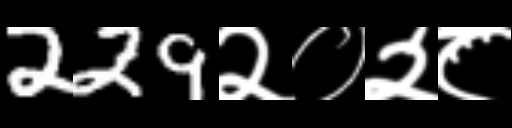
Text: 229२०२८